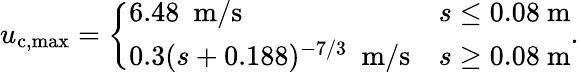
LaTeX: u_{\textup{c,max}}=\left\{ \begin{array}{ll}{6.48~~\mathrm{m/s}}&{s\leq 0.08~\mathrm{m}}\\ {0.3(s+0.188)^{-7/3}~~\mathrm{m/s}}&{s\geq 0.08~\mathrm{m}}\end{array}\right..